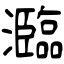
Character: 瀶